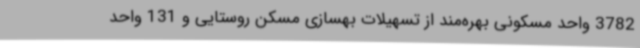
3782 واحد مسکونی بهره‌مند از تسهیلات بهسازی مسکن روستایی و 131 واحد